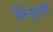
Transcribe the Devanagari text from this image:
फ्रियूली